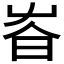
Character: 𡴏